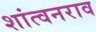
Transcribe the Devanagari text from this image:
शांत्वनराव